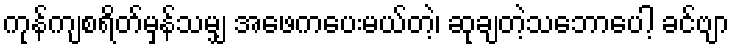
ကုန်ကျစရိတ်မှန်သမျှ အဖေကပေးမယ်တဲ့၊ ဆုချတဲ့သဘောပေါ့ ခင်ဗျာ